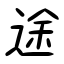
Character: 途